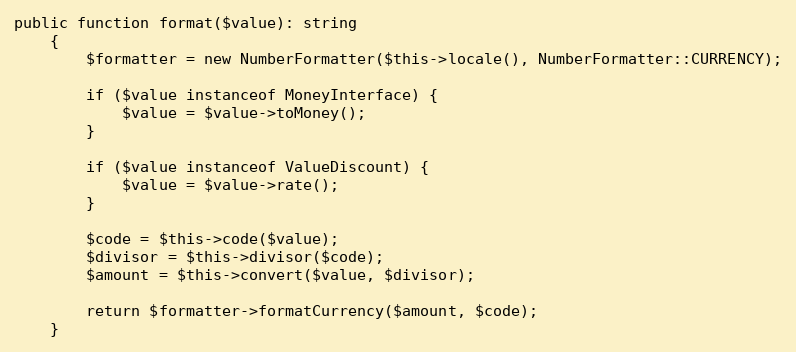
Language: PHP
public function format($value): string
    {
        $formatter = new NumberFormatter($this->locale(), NumberFormatter::CURRENCY);

        if ($value instanceof MoneyInterface) {
            $value = $value->toMoney();
        }

        if ($value instanceof ValueDiscount) {
            $value = $value->rate();
        }

        $code = $this->code($value);
        $divisor = $this->divisor($code);
        $amount = $this->convert($value, $divisor);

        return $formatter->formatCurrency($amount, $code);
    }